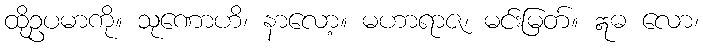
ထိုဥပမာကို။ သုဏောဟိ၊ နာလော့။ မဟာရာဇ၊ မင်းမြတ်။ ဣဓ လော၊